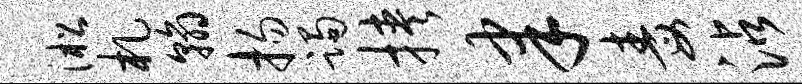
淞札翰扬躅挟聿毒沾